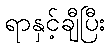
ရာနှင့်ချီပြီး